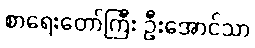
စာရေးတော်ကြီး ဦးအောင်သာ